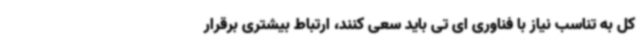
کل به تناسب نیاز با فناوری ای تی باید سعی کنند، ارتباط بیشتری برقرار